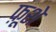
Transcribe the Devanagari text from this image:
फ़ूशे